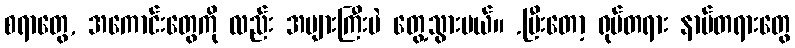
စရာတွေ, အကောင်းတွေကို လည်း အများကြီးပဲ တွေ့သွားမယ်။ .ပြီးတော့ ရုပ်တရား နာမ်တရားတွေ